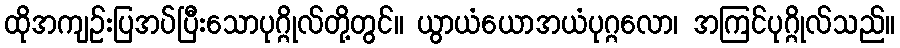
ထိုအကျဉ်းပြအပ်ပြီးသောပုဂ္ဂိုလ်တို့တွင်။ ယွာယံယောအယံပုဂ္ဂလော၊ အကြင်ပုဂ္ဂိုလ်သည်။